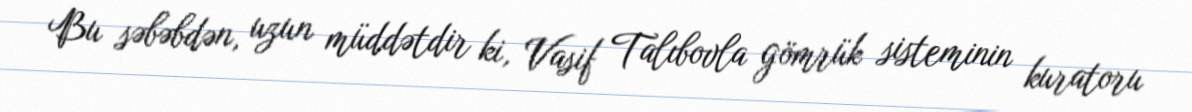
Bu səbəbdən, uzun müddətdir ki, Vasif Talıbovla gömrük sisteminin kuratoru